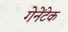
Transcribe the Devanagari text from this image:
गेनेंटेक